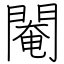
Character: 閹